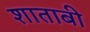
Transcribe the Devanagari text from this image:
शाताबी